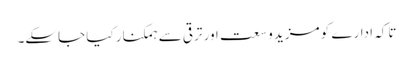
تاکہ ادارے کو مزید وسعت اور ترقی سے ہمکنار کیا جاسکے۔